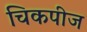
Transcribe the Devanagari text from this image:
चिकपीज